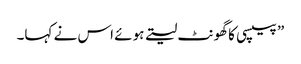
” پیپسی کا گھونٹ لیتے ہوئے اس نے کہا۔